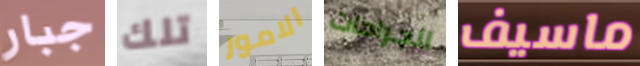
جبار تلك الامور الجراحات ماسيف